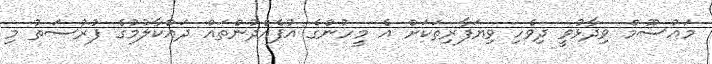
މައުސޫމް ވިދާޅުވީ ދިވެހި ވިޔަފާރިތަކަށް އެ މީހުންގެ އުފެއްދުންތައް ދައްކާލުމުގެ ފުރުސަތު މި